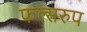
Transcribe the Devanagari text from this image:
फल्सरुप